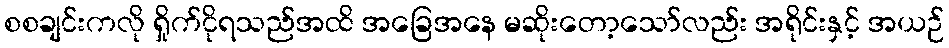
စစချင်းကလို ရှိုက်ငိုရသည်အထိ အခြေအနေ မဆိုးတော့သော်လည်း အရိုင်းနှင့် အယဉ်